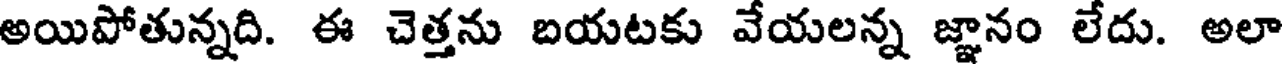
అయిపోతున్నది. ఈ చెత్తను బయటకు వేయలన్న జ్ఞానం లేదు. అలా